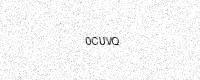
Text: 0CUVQ